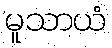
မူသာယံ